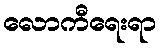
လောကီရေးရာ